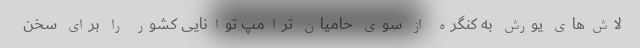
لاش‌های یورش به کنگره از سوی حامیان ترامپ توانایی کشور را برای سخن